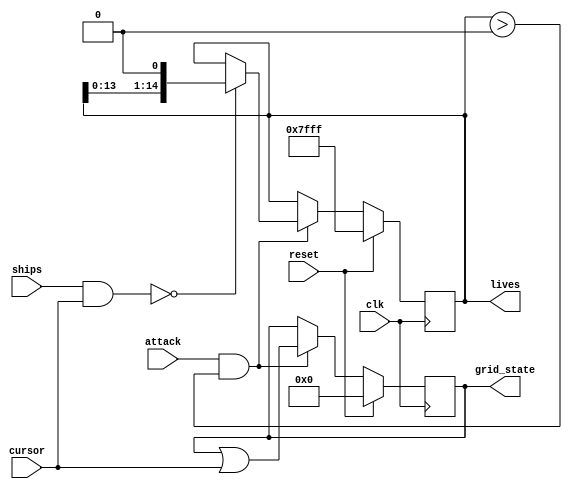
module grid_attack(
    input clk,
    input reset,
    input attack,
    input [35:0] cursor,
    input [35:0] ships,
    output reg [35:0] grid_state,
    output reg [14:0] lives
);

// Initialize the grid state
initial begin
    grid_state = 36'b0;
    lives = 15'b111111111111111;
end

// Update the grid state on each clock edge
always @(posedge clk) begin
    if (reset) begin
        // Reset the grid state to all zeros
        grid_state <= 36'b0;
        lives = 15'b111111111111111;
    end else if (attack && lives > 0) begin
        // Update the grid state for an attack
        grid_state <= grid_state | cursor;
         if ((ships & cursor) == 0) begin
            lives <= lives << 1;
         end
    end
    // If no attack, the grid state remains the same
end
// if ships
endmodule